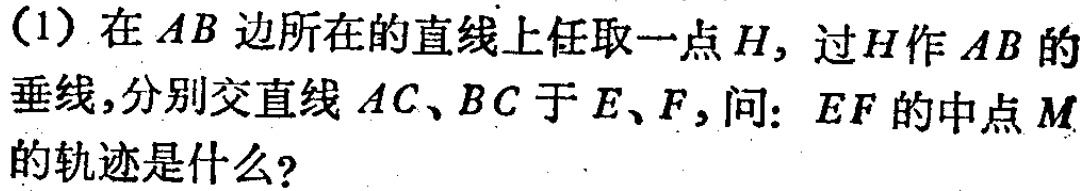
(1) 在 \(AB\) 边所在的直线上任取一点 \(H\)，过 \(H\) 作 \(AB\) 的垂线，分别交直线 \(AC\)、\(BC\) 于 \(E\)、\(F\)，问：\(EF\) 的中点 \(M\) 的轨迹是什么？